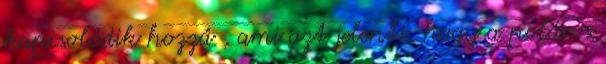
kapcsolódik hozzá , ami azt jelenti, hogy a poláros